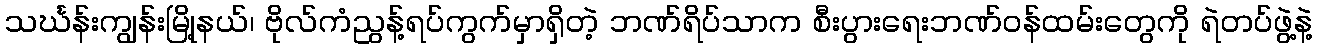
သင်္ဃန်းကျွန်းမြို့နယ်၊ ဗိုလ်ကံညွန့်ရပ်ကွက်မှာရှိတဲ့ ဘဏ်ရိပ်သာက စီးပွားရေးဘဏ်ဝန်ထမ်းတွေကို ရဲတပ်ဖွဲ့နဲ့